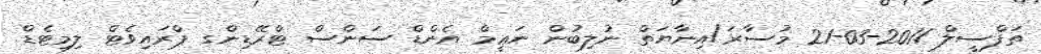
ތަފްސީލް 2011-03-21 މުސާރަ/އިނާޔަތް ނުލިބުން ނަޢީމް އެންޑް ސަންސް ޓްރޭޑިންގ ޕްރައިވެޓް ލިމިޓެޑް